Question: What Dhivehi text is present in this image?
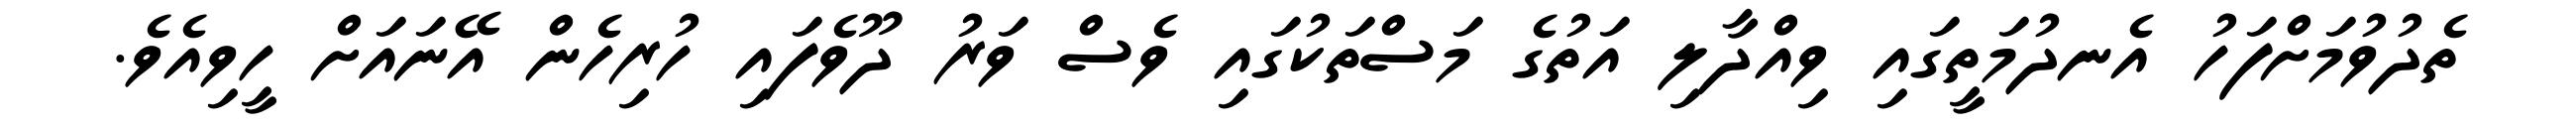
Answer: ތެދުވުމަށްފަހު އެނދުމަތީގައި ވިއްދާލި އަތުގެ މަސްތަކުގައި ވެސް ވަރު ދޫވެފައި ހުރިހެން އޭނައަށް ހީވިއެވެ.